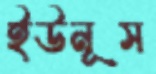
ইউনূস